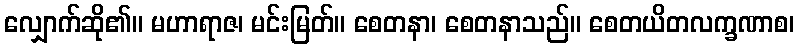
လျှောက်ဆို၏။ မဟာရာဇ၊ မင်းမြတ်။ စေတနာ၊ စေတနာသည်။ စေတယိတလက္ခဏာစ၊